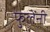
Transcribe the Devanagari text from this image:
फुलेंनी